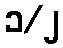
၁/၂